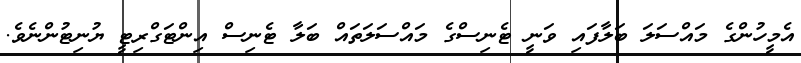
އެމީހުންގެ މައްސަލަ ބަލާފައި ވަނީ ޓެނިސްގެ މައްސަލަތައް ބަލާ ޓެނިސް އިންޓަގްރިޓީ ޔުނިޓުންނެވެ.